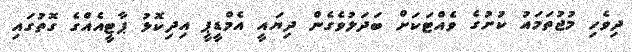
ދިވެހި މުޖުތަމައު ކުށުގެ ވެއްޓަކަށް ބަދަލުވެގެން ދިޔައީ އެމްޑީޕީ އިދިކޮޅު ޕާޓީއެއްގެ ގޮތުގައި